Eesti_Ajutise_Maavalitsuse_haridusosakond, lk 2
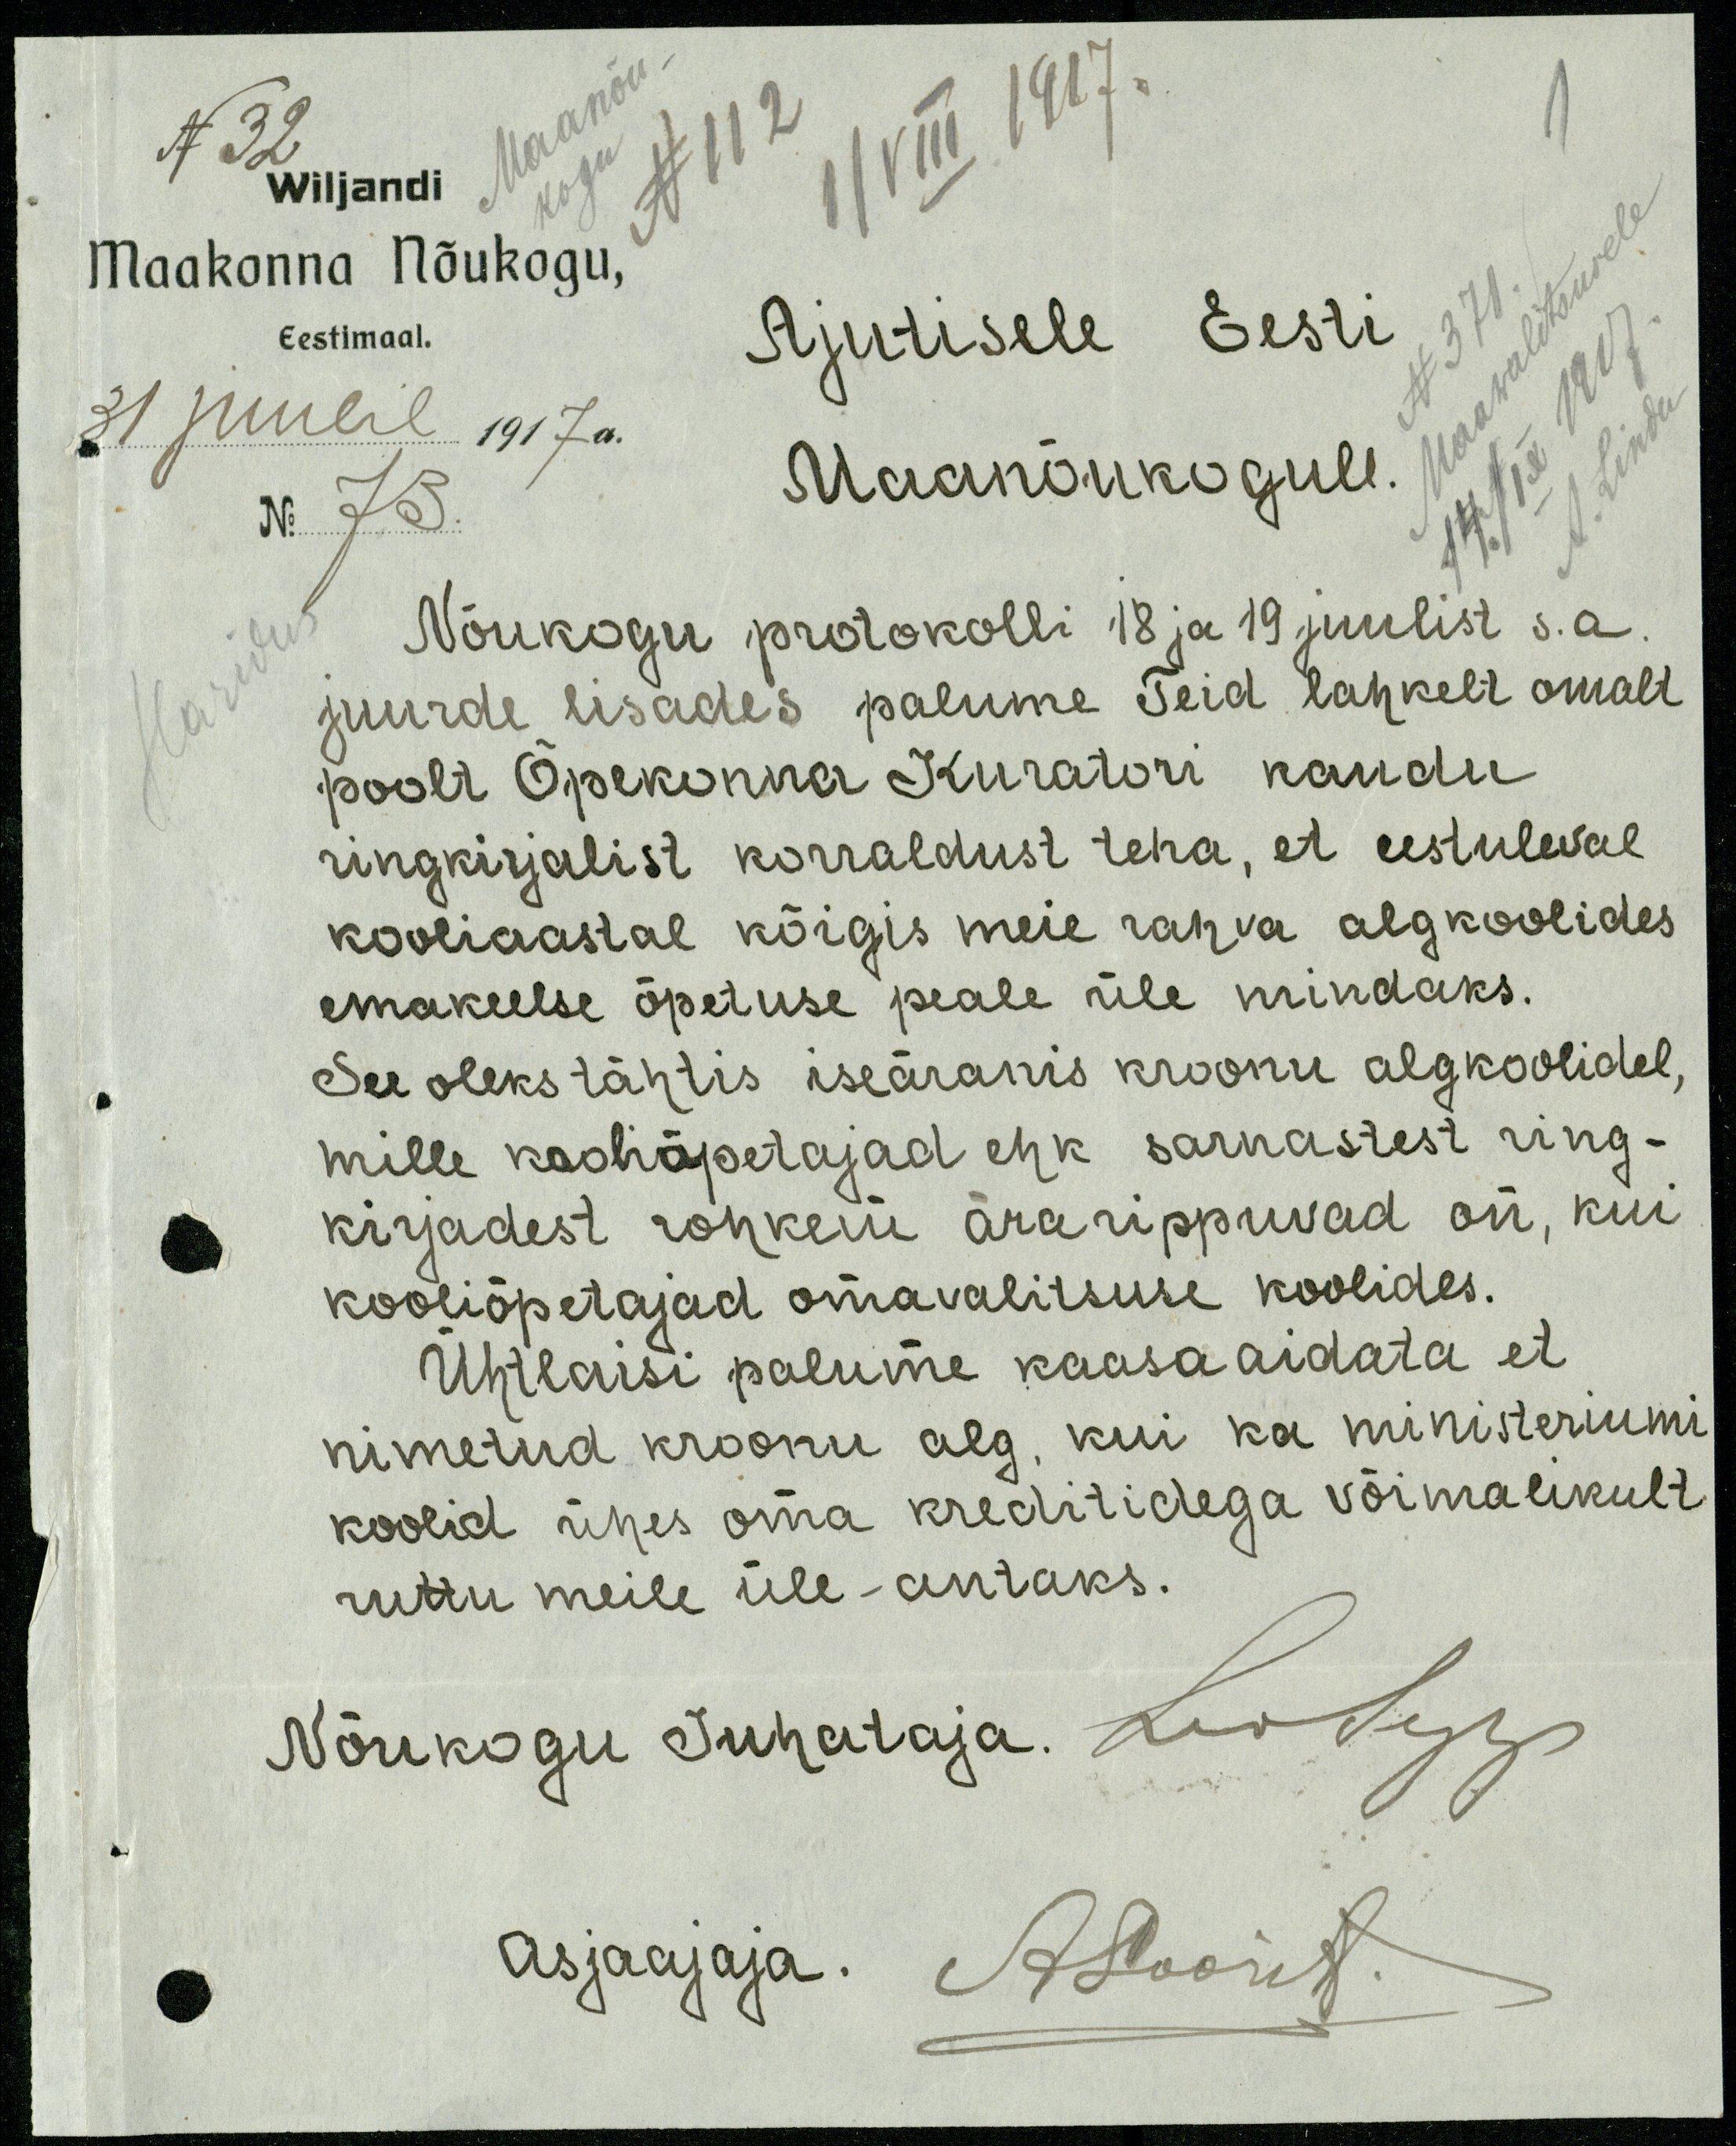
N 32.
11 VIII 1917.
Wiljandi
kogu
Maakonna Nõukogu,
N 371
Ajutisele Eesti
Eestimaal.
31 juulil 1917 a.
No 73.
Maanõukogule.
A. Linder
Nõukogu protokolli 18 ja 19 juulist s.a.
juurde lisades palume Teid lahkelt omalt
poolt Õpekonna Kuratori kaudu
ringkirjalist korraldust teha, et eestuleval
kooliaastal kõigis meie rahva algkoolides
emakeelse õpetuse peale üle mindaks.
See oleks tähtis iseäranis kroonu algkoolidel,
mille kooliõpetajad ehk sarnastest ring-
kirjadest rohkem ära rippuvad on, kui
kooliõpetajad omavalitsuse koolides.
Ühtlaisi palume kaasa aidata et
nimetud kroonu alg, kui ka ministeriumi
koolid ühes oma kreditidega võimalikult
ruttu meile üle-antaks.
Nõukogu Juhataja. LooSepp
Asjaajaja. A. Loorit.